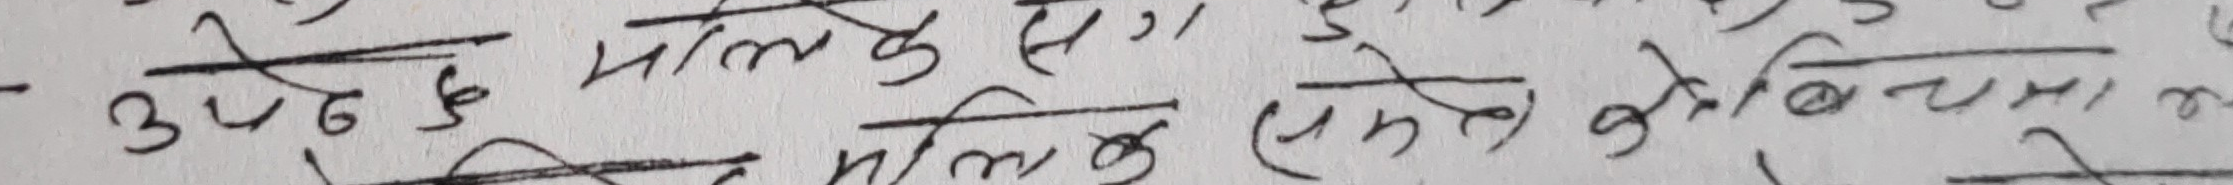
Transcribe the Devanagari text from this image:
उपर के मालिंदु से, जुरो को बीचमा